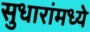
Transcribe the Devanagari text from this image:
सुधारांमध्ये